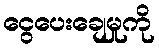
ငွေပေးချေမှုကို